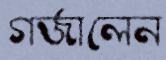
গর্জালেন